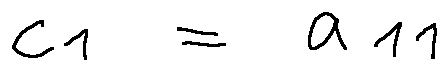
c _ { 1 } = a _ { 1 1 }